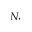
N _ { i }